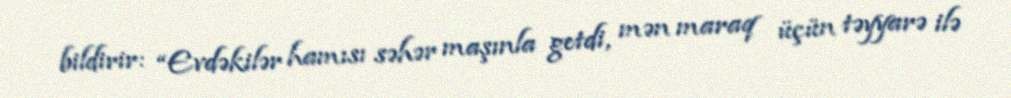
bildirir: “Evdəkilər hamısı səhər maşınla getdi, mən maraq üçün təyyarə ilə